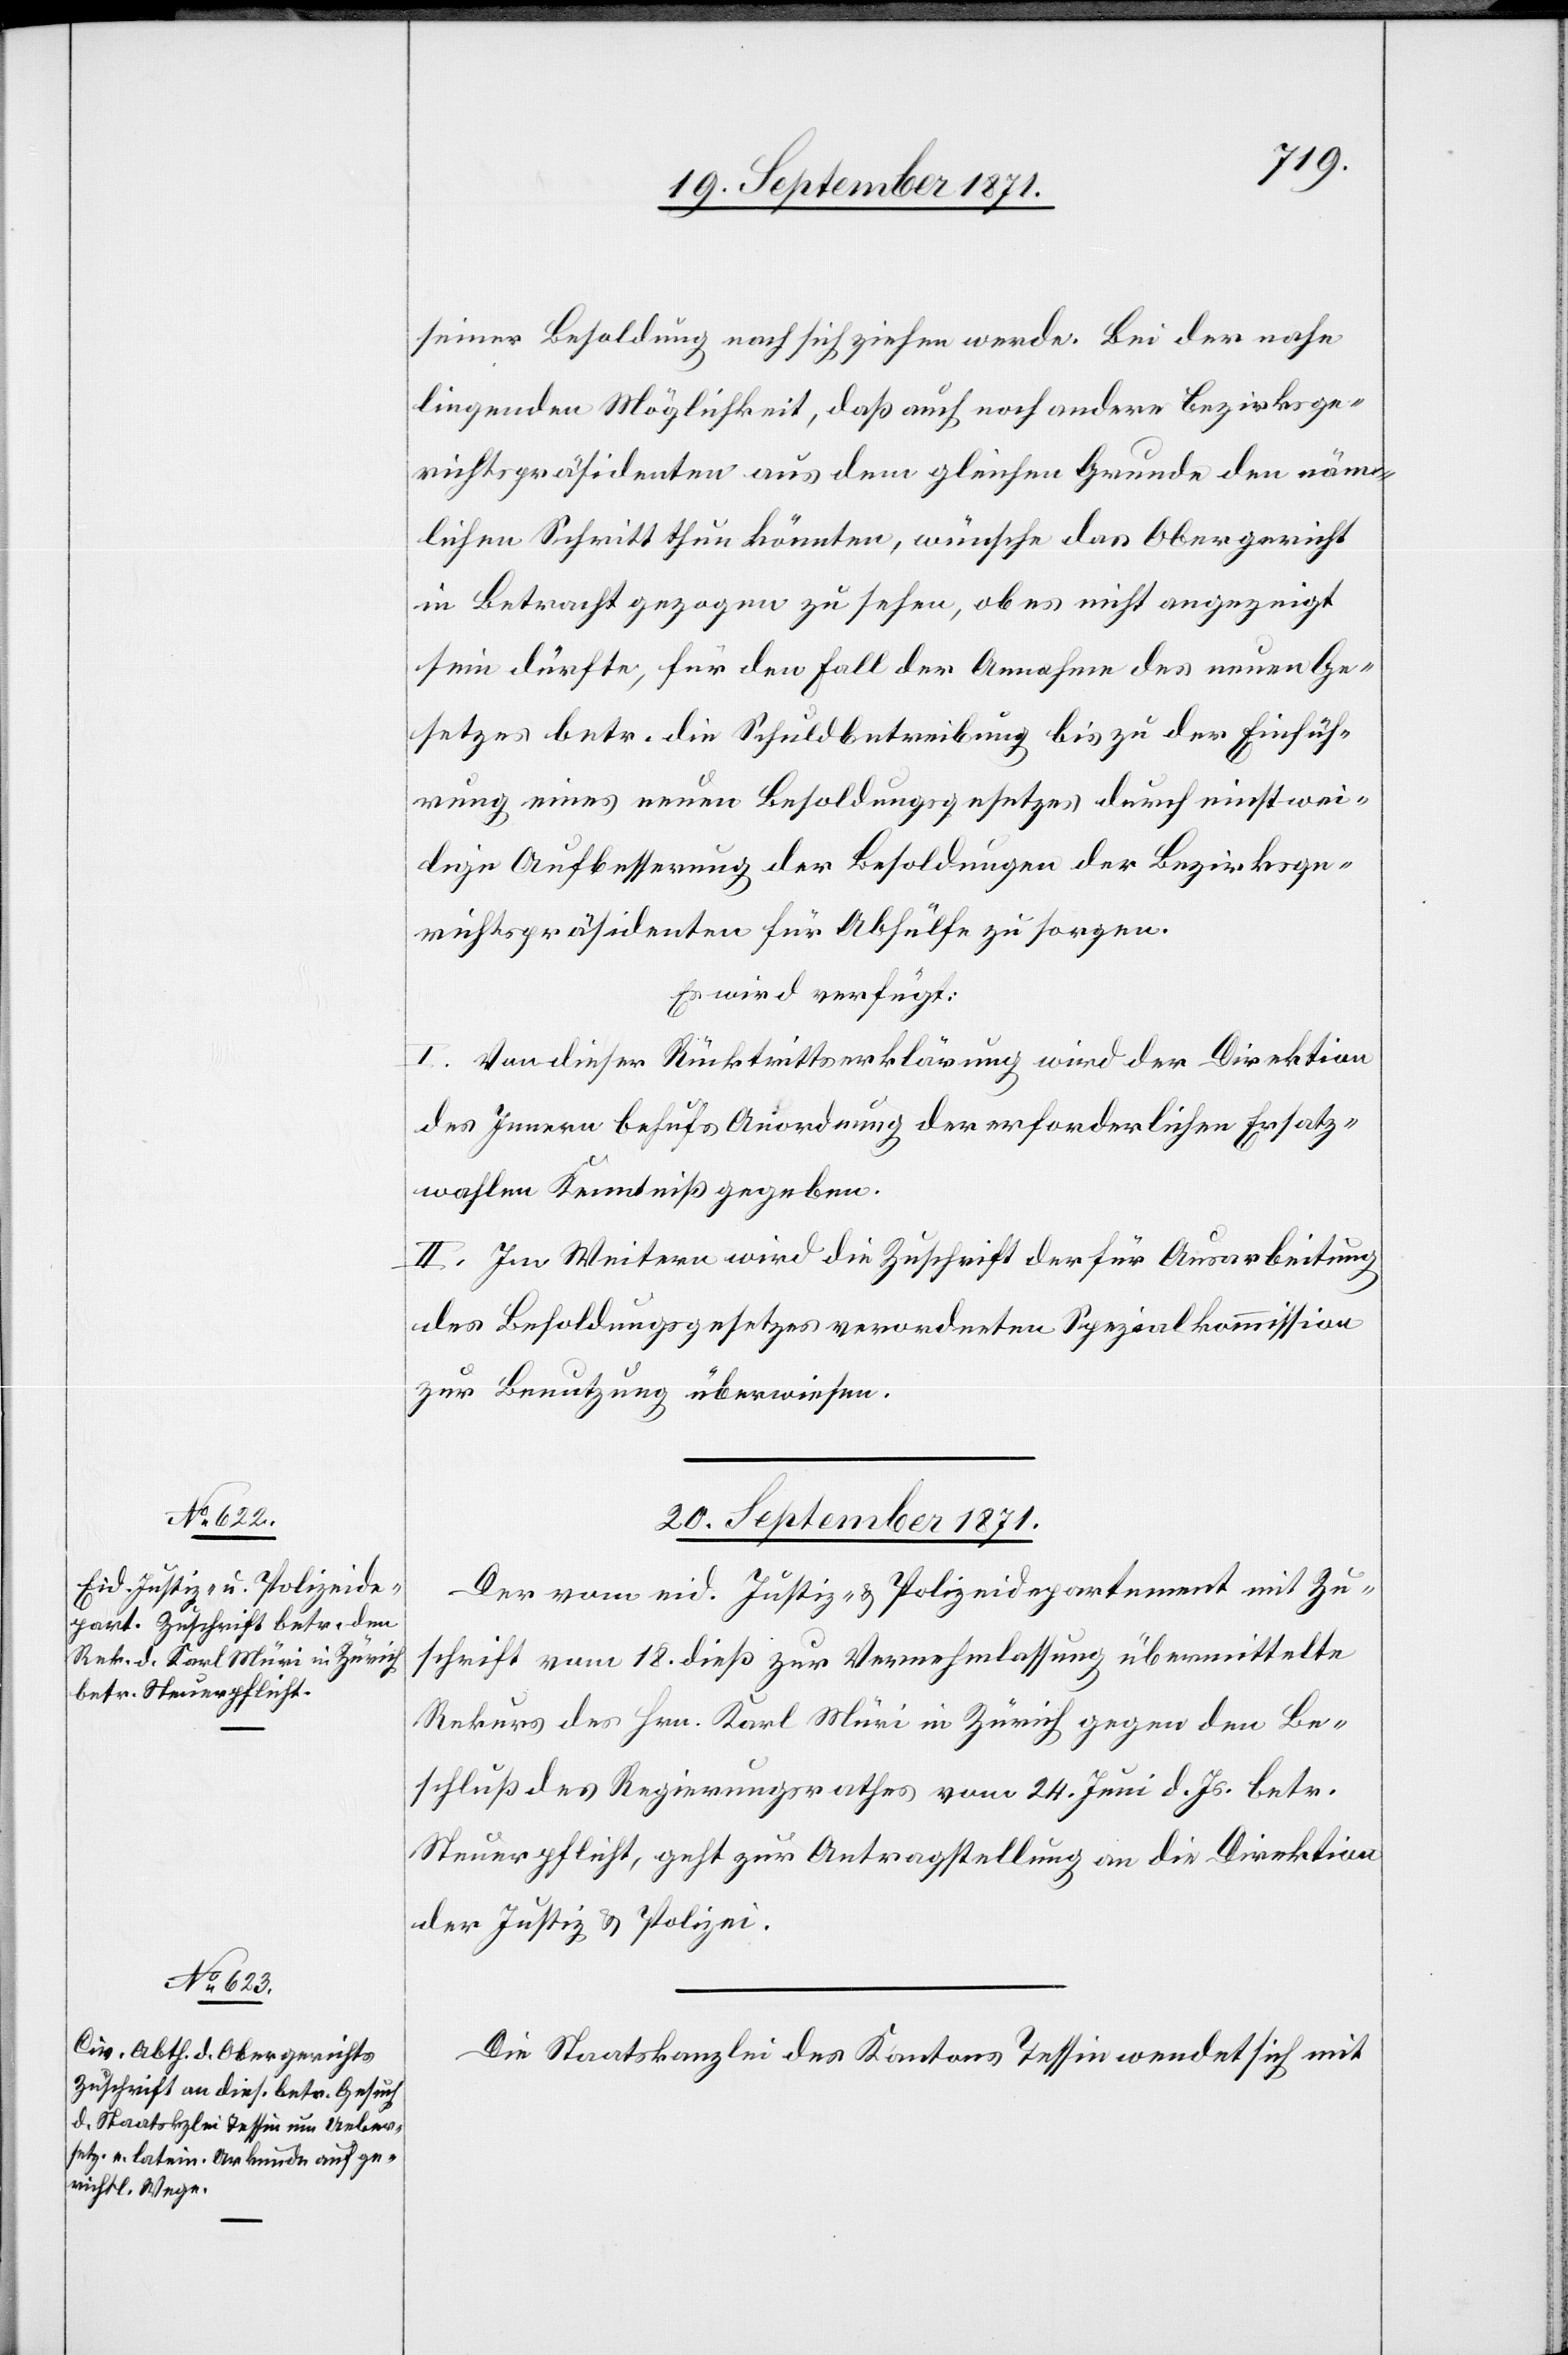
seiner Besoldung nach sich ziehen werde. Bei der nahe
liegenden Möglichkeit, daß auch noch andere Bezirksge¬
richtspräsidenten aus dem gleichen Grunde den näm¬
lichen Schritt thun könnten, wünsche das Obergericht
in Betracht gezogen zu haben, ob es nicht angezeigt
sein dürfte, für den Fall der Annahme des neuen Ge¬
setzes betr. die Schuldbetreibung bis zu der Einfüh¬
rung eines neuen Besoldungsgesetzes durch einstwei¬
lige Aufbesserung der Besoldungen der Bezirksge¬
richtspräsidenten für Abhülfe zu sorgen.
Es wird verfügt:
I. Von dieser Rücktrittserklärung wird der Direktion
des Innern behufs Anordnung der erforderlichen Ersatz¬
wahlen Kenntniß gegeben.
II. Im Weitern wird die Zuschrift der für Ausarbeitung
des Besoldungsgesetzes verordneten Spezialkommission
zur Benutzung überwiesen.
20. September 1871.]
Der vom eid. Justiz- & Polizeidepartement mit Zu¬
schrift vom 18. dieß zur Vernehmlassung übermittelte
Rekurs des Hrn. Karl Müri in Zürich gegen den Be¬
schluß des Regierungsrathes vom 24. Juni d. Js. betr.
Steuerpflicht, geht zur Antragstellung an die Direktion
der Justiz & Polizei.
Die Staatskanzlei des Kantons Tessin wendet sich mit